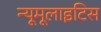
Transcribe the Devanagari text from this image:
न्यूमूलाइटिस